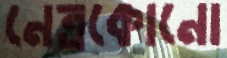
নেত্রকোনো